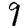
Digit: 9